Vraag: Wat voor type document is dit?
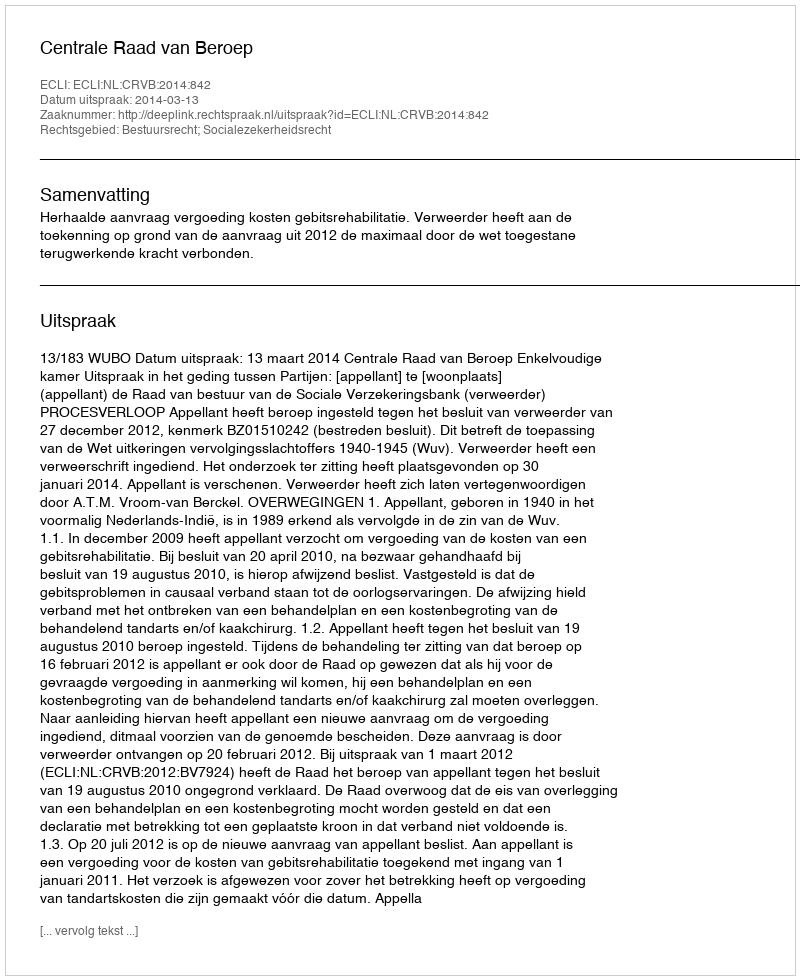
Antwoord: Uitspraak